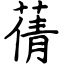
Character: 蒨